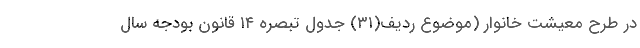
در طرح معیشت خانوار (موضوع ردیف(۳۱) جدول تبصره ۱۴ قانون بودجه سال